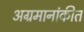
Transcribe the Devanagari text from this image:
अग्रमानांकीत